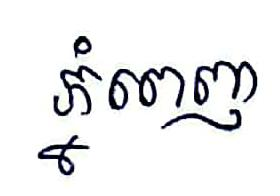
ភ្នំពេញ